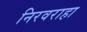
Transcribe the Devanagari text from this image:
निरवराहा